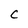
Character: C